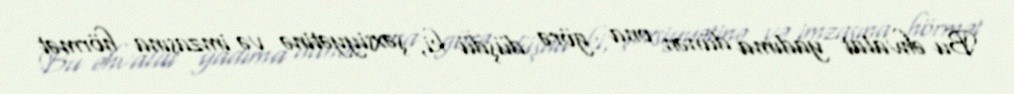
Bu əhvalat yadıma dünən ona görə düşdü ki, şəxsiyyətinə və imzasına hörmət